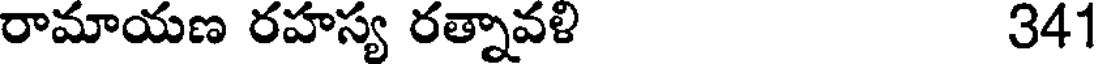
రామాయణ రహస్య రత్నావళి 341